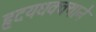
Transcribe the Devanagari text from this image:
हृदयधक्क्याने